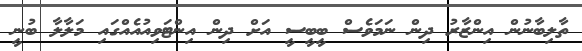
ތާލިބާނުން އިންޒާރު ދިން ނަމަވެސް ބީބީސީ އަށް ދިން އިންޓަވިއުއެއްގައި މަލާލާ ބުނީ